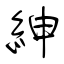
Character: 紳